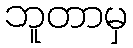
ဘူတာမှ